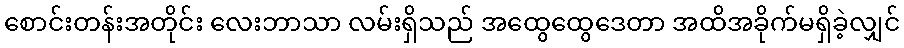
စောင်းတန်းအတိုင်း လေးဘာသာ လမ်းရှိသည် အထွေထွေဒေတာ အထိအခိုက်မရှိခဲ့လျှင်